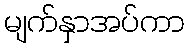
မျက်နှာအပ်ကာ